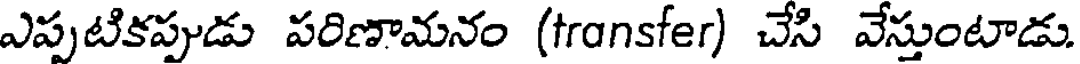
ఎప్పటికప్పుడు పరిణామనం (transfer) చేసి వేస్తుంటాడు